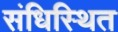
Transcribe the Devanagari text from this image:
संधिस्थित